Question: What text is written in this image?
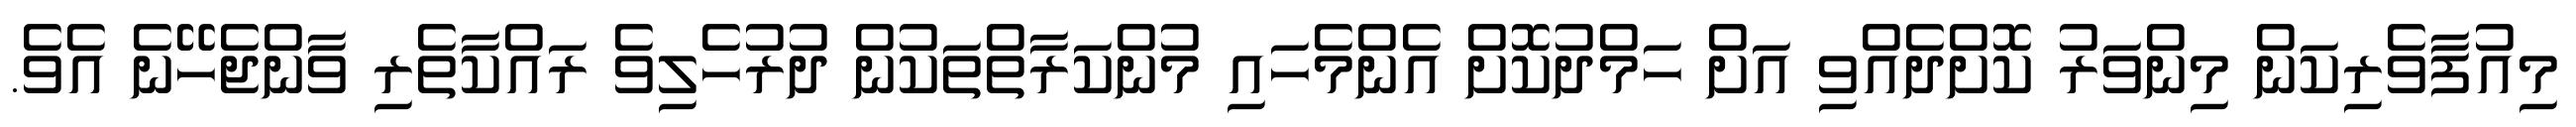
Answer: މިއުފާވެރިކަން މިންވަރު ކޮށްދެއްވި އަށް ހަމްދުކޮށް އެންމެހައި މުންކަރާތްތަކުން ދުރުހެލިވެ ރައްކާތެރި ވާންޖެހޭނެ އެވެ.